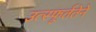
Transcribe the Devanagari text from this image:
उत्स्फूर्ततेने